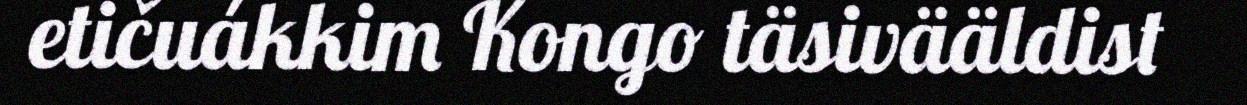
etičuákkim Kongo täsivääldist